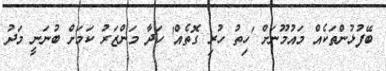
ބޭފުޅުންތަކެއް މައުމޫނަށް 'ހިތު ހުރި ގޮތެއް' ހަދާ މަންޒަރު ކަމަށް ބުނަނީ މަދު